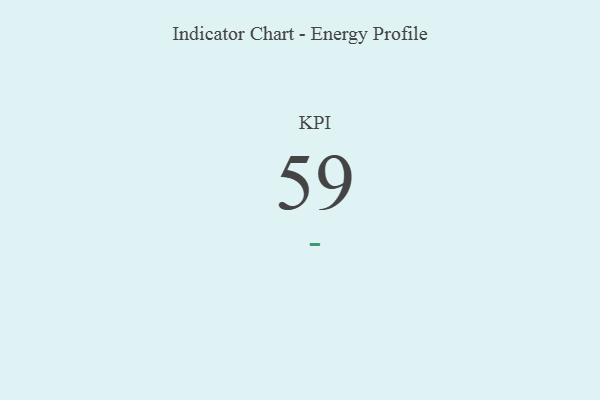
{"axis": {"x": "KPI", "y": "Value"}, "legend": [""], "data": [{"x": "KPI", "y": 59, "type": ""}]}